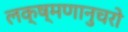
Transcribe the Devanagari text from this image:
लक्ष्मणानुचरो